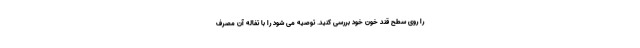
را روی سطح قند خون خود بررسی کنید. توصیه می شود را با تفاله آن مصرف